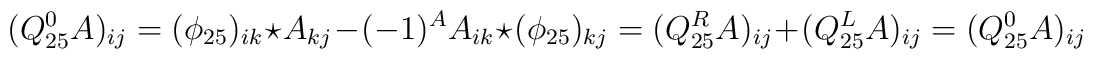
(Q_{25}^0A)_{ij}=(\phi_{25})_{ik}\star A_{kj}-(-1)^AA_{ik}\star(\phi_{25})_{kj}=(Q_{25}^RA)_{ij}+(Q_{25}^LA)_{ij}=(Q_{25}^0A)_{ij}